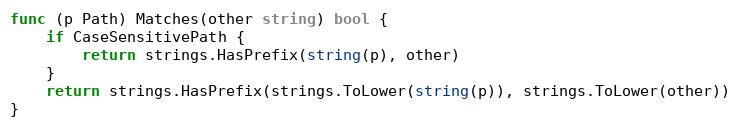
Language: Go
func (p Path) Matches(other string) bool {
	if CaseSensitivePath {
		return strings.HasPrefix(string(p), other)
	}
	return strings.HasPrefix(strings.ToLower(string(p)), strings.ToLower(other))
}